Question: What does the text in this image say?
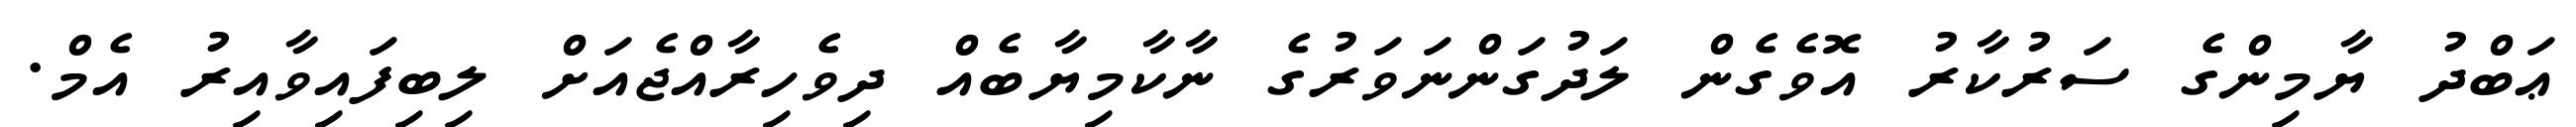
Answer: ޢަބްދު ޔާމިންގެ ސަރުކާރު އޮވެގެން ލަދުގަންނަވަރުގެ ނާކާމިޔާބެއް ދިވެހިރާއްޖެއަށް ލިބިފައިވާއިރު އެމް.